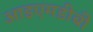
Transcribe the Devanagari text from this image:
आइएमडीबी